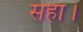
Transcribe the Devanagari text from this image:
सहा।